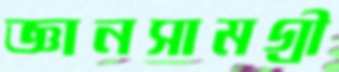
জ্ঞানসামগ্রী